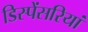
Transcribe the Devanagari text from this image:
डिस्पेंसरियां